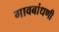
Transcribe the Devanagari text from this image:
गावबांधणी